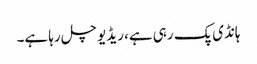
ہانڈی پک رہی ہے، ریڈیو چل رہا ہے۔